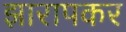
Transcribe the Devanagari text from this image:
झारापकर